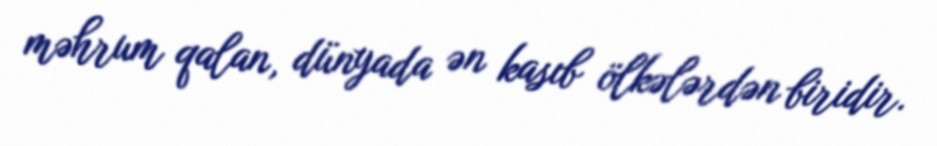
məhrum qalan, dünyada ən kasıb ölkələrdən biridir.